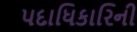
પદાધિકારિની